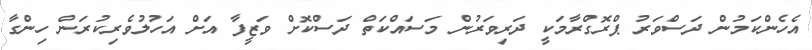
އެހެންކަމުން ދަސްވަރު ޕްރޮޮގްރާމަކީ ދަރިވަރުން މަސައްކަތް ދަސްކޮށް ވަޒީފާ އަށް އަހުލުވެރިކުރަން ހިންގާ